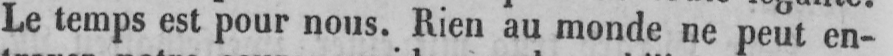
Le temps est pour nous. Rien au monde ne peut en-